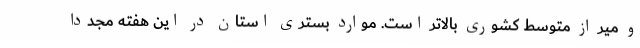
و میر از متوسط کشوری بالاتر است. موارد بستری استان در این هفته مجددا